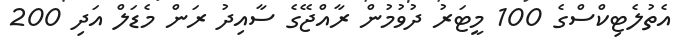
އެތުލެޓިކްސްގެ 100 މީޓަރު ދުވުމުން ރާއްޖޭގެ ސާއިދު ރަން މެޑަލް އަދި 200